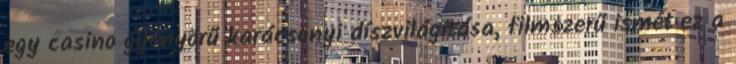
egy casino gyönyörű karácsonyi díszvilágítása, filmszerű ismét ez a